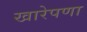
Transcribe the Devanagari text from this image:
खारेपणा